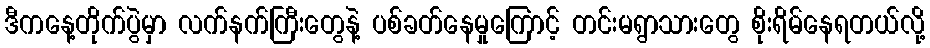
ဒီကနေ့တိုက်ပွဲမှာ လက်နက်ကြီးတွေနဲ့ ပစ်ခတ်နေမှုကြောင့် တင်းမရွာသားတွေ စိုးရိမ်နေရတယ်လို့